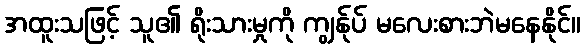
အထူးသဖြင့် သူ၏ ရိုးသားမှုကို ကျွန်ုပ် မလေးစားဘဲမနေနိုင်။